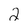
Character: 2